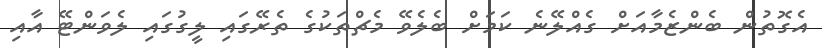
އެގޮތުން ބެންޒެމާއަށް ގެއްލޭނެ ކަމަށް ބެލެވޭ މެޗްތަކުގެ ތެރޭގައި ލީގުގައި ލެވަންޓޭ އާއި